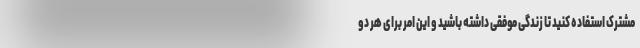
مشترک استفاده کنید تا زندگی موفقی داشته باشید و این امر برای هر دو